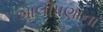
ખાલીપણાના